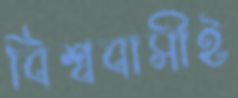
বিশ্ববাসীই